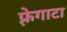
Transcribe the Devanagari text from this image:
फ़्रेगाटा